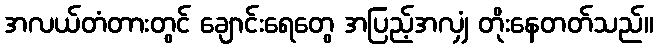
အလယ်တံတားတွင် ချောင်းရေတွေ အပြည့်အလျှံ တိုးနေတတ်သည်။